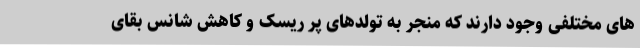
های مختلفی وجود دارند که منجر به تولدهای پر ریسک و کاهش شانس بقای